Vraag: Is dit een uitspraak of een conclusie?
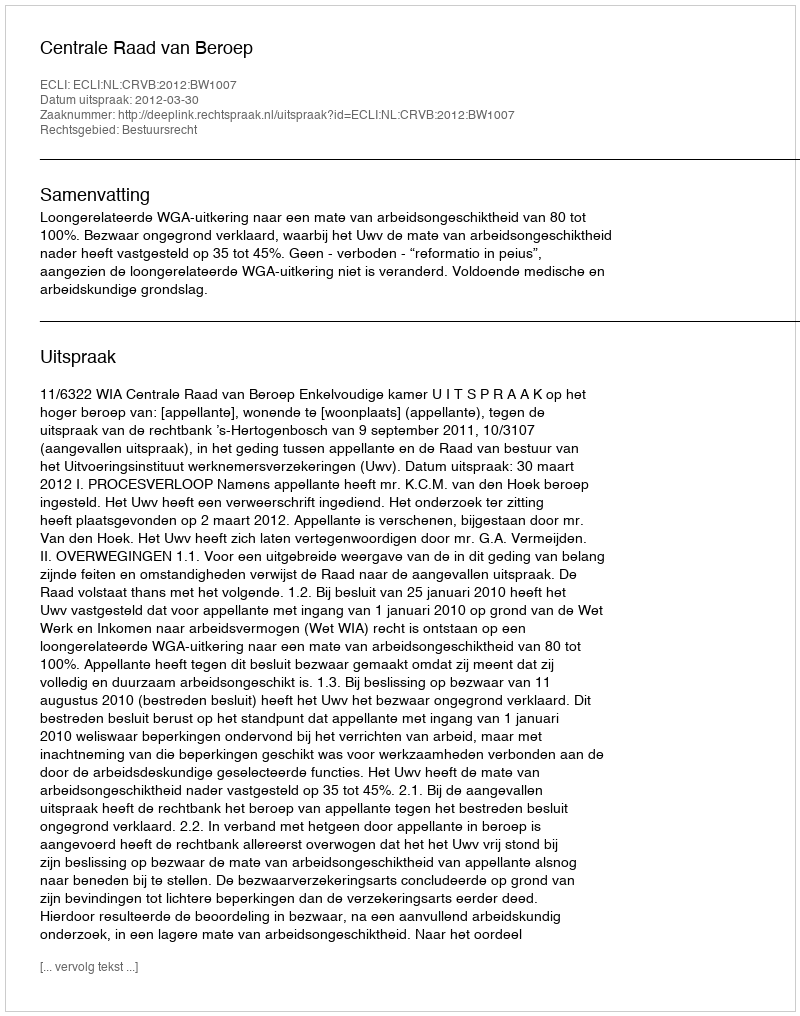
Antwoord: Uitspraak